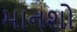
માનશો